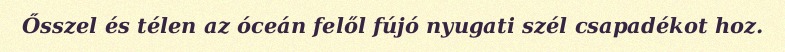
Ősszel és télen az óceán felől fújó nyugati szél csapadékot hoz.